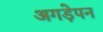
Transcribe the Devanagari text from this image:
अगड़ेपन